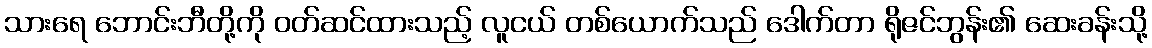
သားရေ ဘောင်းဘီတို့ကို ဝတ်ဆင်ထားသည့် လူငယ် တစ်ယောက်သည် ဒေါက်တာ ရိုဇင်ဘွန်း၏ ဆေးခန်းသို့